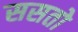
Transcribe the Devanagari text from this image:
ससतो